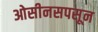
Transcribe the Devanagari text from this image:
ओसीनसपसून